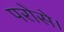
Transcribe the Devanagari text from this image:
परोसे।